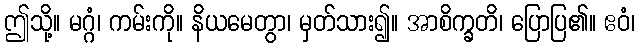
ဤသို့။ မဂ္ဂံ၊ ကမ်းကို။ နိယမေတွာ၊ မှတ်သား၍။ အာစိက္ခတိ၊ ပြောပြ၏။ ဧဝံ၊